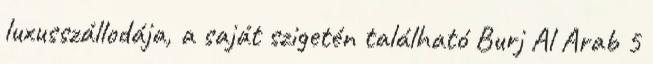
luxusszállodája, a saját szigetén található Burj Al Arab 5